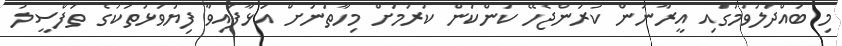
މި ބައްދަލުވުމުގައި އީރާނުން ކުރަންޖެހޭ ކަންކަން ކުރުމަށް މިހާތަނަށް އަޅާފައިވާ ފިޔަވަޅުތަކުގެ ތަފްސީލު